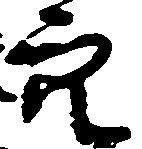
穴